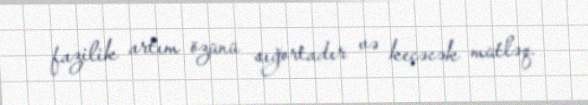
fazilik artım özünü sığortadır və keçəcək mütləq.